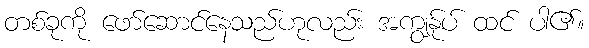
တစ်ခုကို ဖော်ဆောင်နေသည်ဟုလည်း အကျွန်ုပ် ထင် ပါ၏။